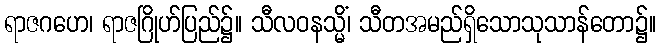
ရာဇဂဟေ၊ ရာဇဂြိုဟ်ပြည်၌။ သီလဝနသ္မိံ၊ သီတအမည်ရှိသောသုသာန်တော၌။